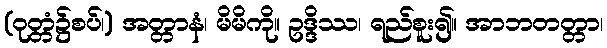
(ဝုတ္တံ၌စပ်၊) အတ္တာနံ၊ မိမိကို။ ဥဒ္ဒိဿ၊ ရည်စူး၍။ အာဘတတ္တာ၊